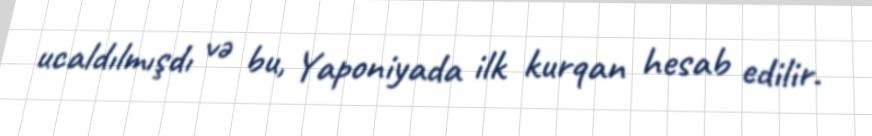
ucaldılmışdı və bu, Yaponiyada ilk kurqan hesab edilir.